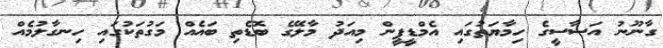
ގާނޫނު އަސާސީގެ ހިމާޔަތުގައި އެމްޑީޕީން މިއަދު މާލޭގެ ބޮޑެތި ބައެއް މަގުތަކުގައި ހިނގާލުމެއް